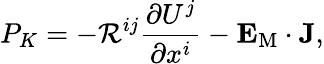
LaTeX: P_{K}=-{\cal{R}}^{ij}\frac{\partial U^{j}}{\partial x^{i}}-{\mathbf{E}}_{\mathrm{{M}}}\cdot{\mathbf{J}},